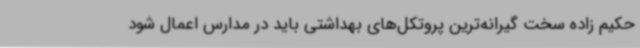
حکیم زاده سخت گیرانه‌ترین پروتکل‌های بهداشتی باید در مدارس اعمال شود